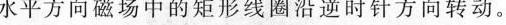
水平方向磁场中的矩形线圈沿逆时针方向转动。